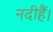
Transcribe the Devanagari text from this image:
नदीहैं।